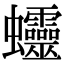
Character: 𧖜